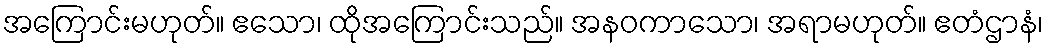
အကြောင်းမဟုတ်။ ဧသော၊ ထိုအကြောင်းသည်။ အနဝကာသော၊ အရာမဟုတ်။ ဧတံဌာနံ၊